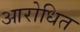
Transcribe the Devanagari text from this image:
आरोधित